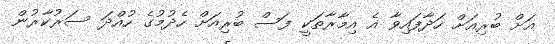
އަށް ބުރިއަށް ހަދާފައިވާ އެ އިމާރާތަކީ ފަސް ބުރިއަށް ހެދުމުގެ ހުއްދަ ސަރުކާރުން